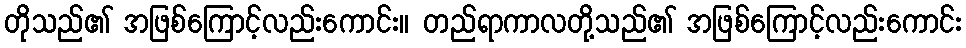
တိုသည်၏ အဖြစ်ကြောင့်လည်းကောင်း။ တည်ရာကာလတို့သည်၏ အဖြစ်ကြောင့်လည်းကောင်း